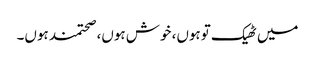
میں ٹھیک توہوں، خوش ہوں، صحتمند ہوں۔